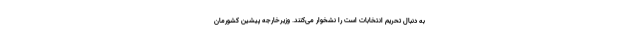
به دنبال تحریم انتخابات است را نشخوار می‌کنند. وزیرخارجه پیشین کشورمان